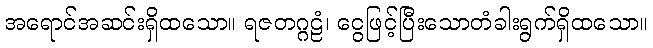
အရောင်အဆင်းရှိထသော။ ရဇတဂ္ဂဠံ၊ ငွေဖြင့်ပြီးသောတံခါးရွက်ရှိထသော။